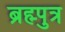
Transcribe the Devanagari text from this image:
ब्रह्म्पुत्र